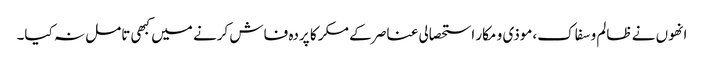
انھوں نے ظالم و سفاک،موذی و مکار استحصالی عناصر کے مکر کا پردہ فاش کرنے میں کبھی تامل نہ کیا۔